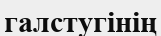
галстугінің